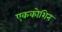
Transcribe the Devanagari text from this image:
एककोशिन